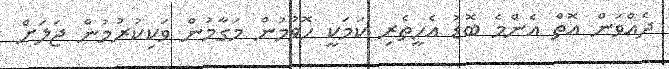
ދެއްވަން އޮތް އެންމެ ބޮޑު އެހީތެރި ކަމަކީ ހޮވުމުން މަގާމުން ވަކިކުރުމުން ޖަލަށް